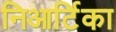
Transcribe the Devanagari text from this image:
निआर्टिका